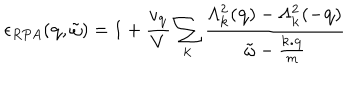
\epsilon _ { R P A } ( { \bf { q } } , { \tilde { \omega } } ) = 1 + \frac { v _ { { \bf { q } } } } { V } \sum _ { { \bf { k } } } \frac { \Lambda _ { { \bf { k } } } ^ { 2 } ( { \bf { q } } ) - \Lambda _ { { \bf { k } } } ^ { 2 } ( - { \bf { q } } ) } { { \tilde { \omega } } - \frac { { \bf { k . q } } } { m } }